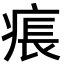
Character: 痮